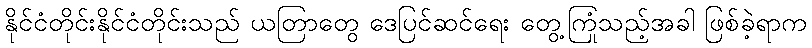
နိုင်ငံတိုင်းနိုင်ငံတိုင်းသည် ယတြာတွေ ဒေပြင်ဆင်ရေး တွေ့ကြုံသည့်အခါ ဖြစ်ခဲ့ရာက